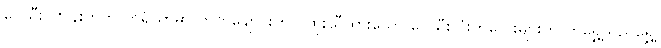
ပေသီးဂဏန်းတွက် ကရိယာမှာ တုတ်ချောင်းတွင် ထိုးသီထားသော ပေသီးလုံးကလေးများကို ဟိုရွှေ့သည်ရွှေ့